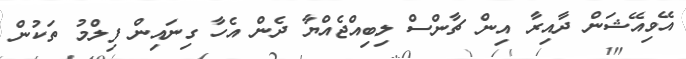
އޭވިއޭޝަން ދާއިރާ އިން ޗާންސް ލިބިއްޖެއްޔާ ދެން އެހާ ގިނައިން ފިލްމު ތަކުން